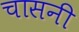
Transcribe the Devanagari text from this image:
चासनी